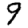
Digit: 9